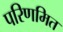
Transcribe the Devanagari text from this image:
परिणमित